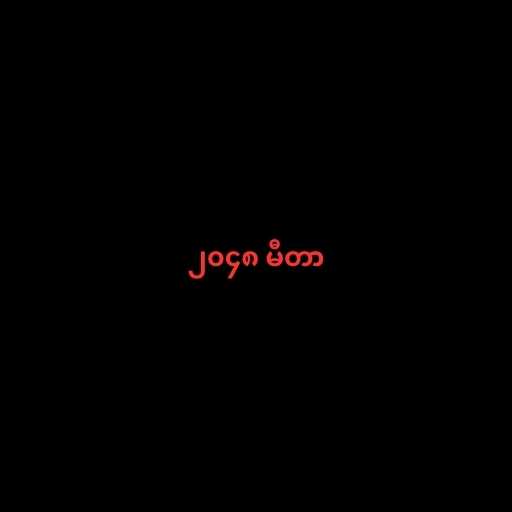
၂၀၄၈ မီတာ